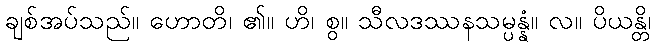
ချစ်အပ်သည်။ ဟောတိ၊ ၏။ ဟိ၊ စွ။ သီလဒဿနသမ္ပန္နံ။ လ။ ပိယန္တိ၊